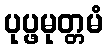
ပုပ္ဖမုတ္တမံ